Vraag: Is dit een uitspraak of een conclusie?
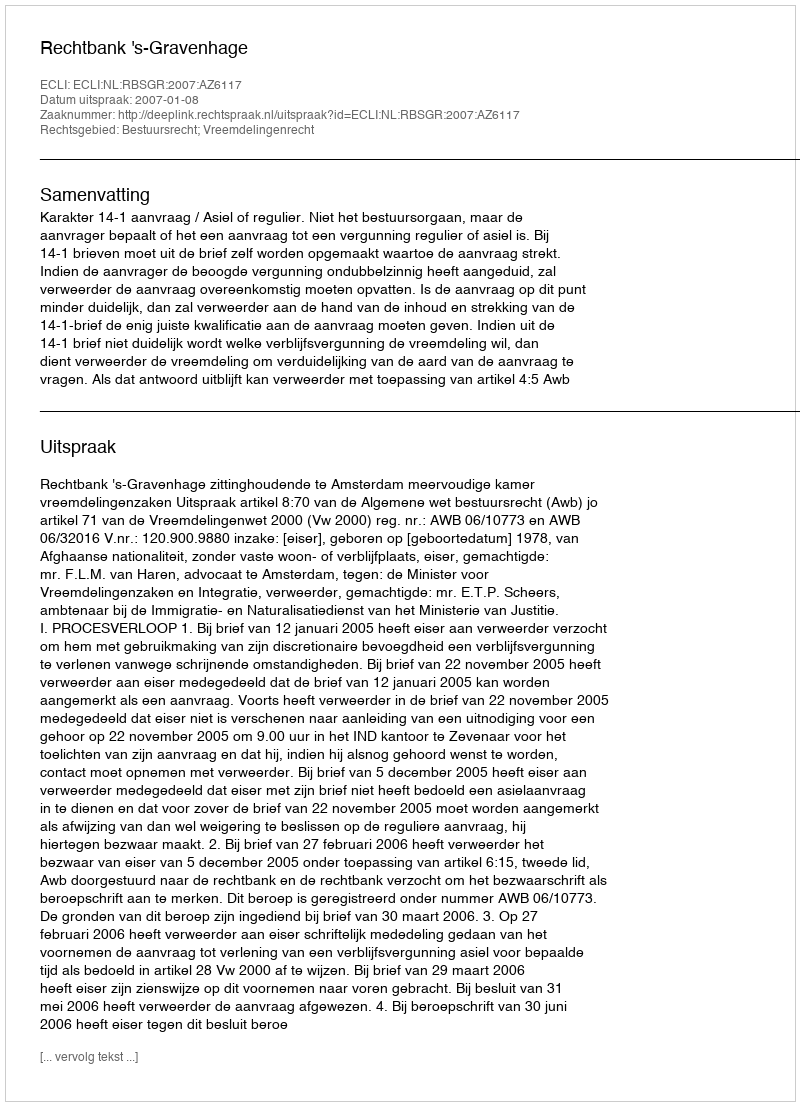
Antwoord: Uitspraak